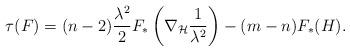
LaTeX: \begin{align*}\tau(F) = (n-2) \frac{\lambda^2}{2} F_\ast\left(\nabla_{\mathcal{H}}\frac{1}{\lambda^2} \right) -(m-n) F_\ast (H).\end{align*}